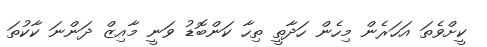
ކީށްވެތަ އަހަރެން މިހެން ހަދާތީ ތިހާ ކަންބޮޑު ވަނީ މާއިޒް ދަންނަ ކާކުތަ